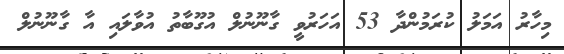
މިހާރު އަމަލު ކުރަމުންދާ 53 އަހަރުވީ ގާނޫނުލް އުގޫބާތު އުވާލައި އާ ގާނޫނުލް